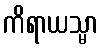
ကိရာယသ္မာ